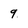
Character: 9